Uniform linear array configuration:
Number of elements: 48
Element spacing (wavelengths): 1
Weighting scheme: hamming
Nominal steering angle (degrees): -15
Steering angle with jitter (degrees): -13.17
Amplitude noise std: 0.05
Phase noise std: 0.05

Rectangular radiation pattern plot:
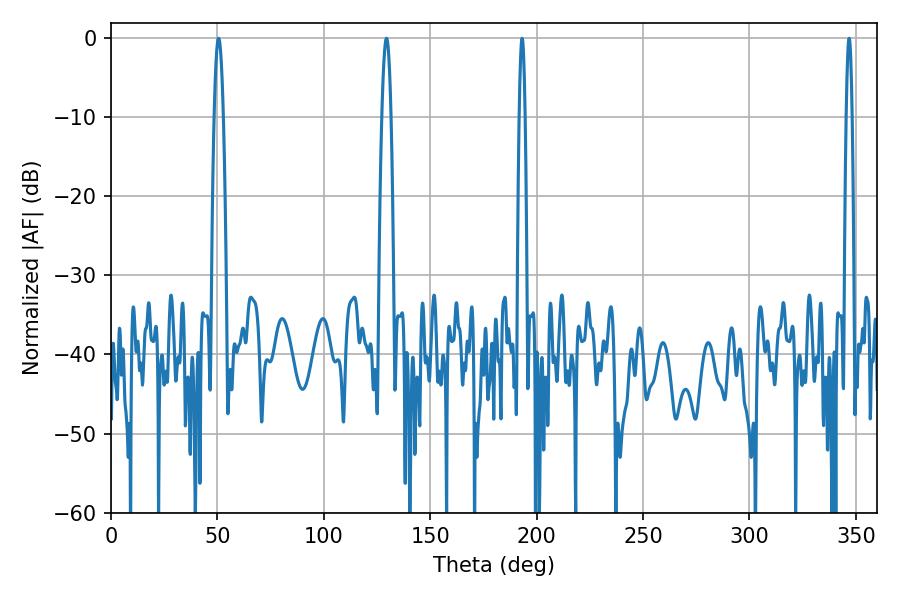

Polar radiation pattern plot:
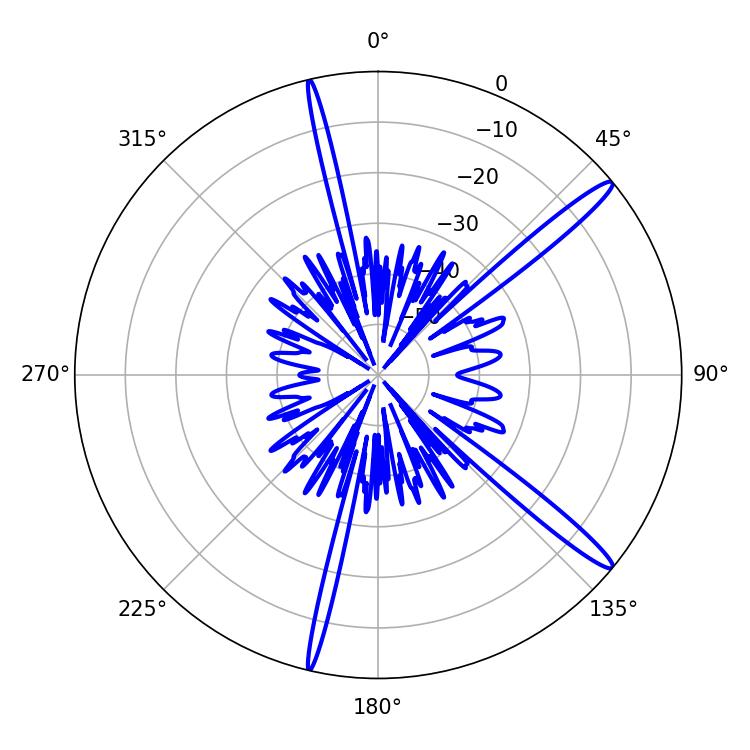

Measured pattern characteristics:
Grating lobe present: TRUE
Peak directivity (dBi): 15.484
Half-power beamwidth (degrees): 2.16
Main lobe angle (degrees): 50.58